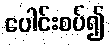
ပေါင်းစပ်၍